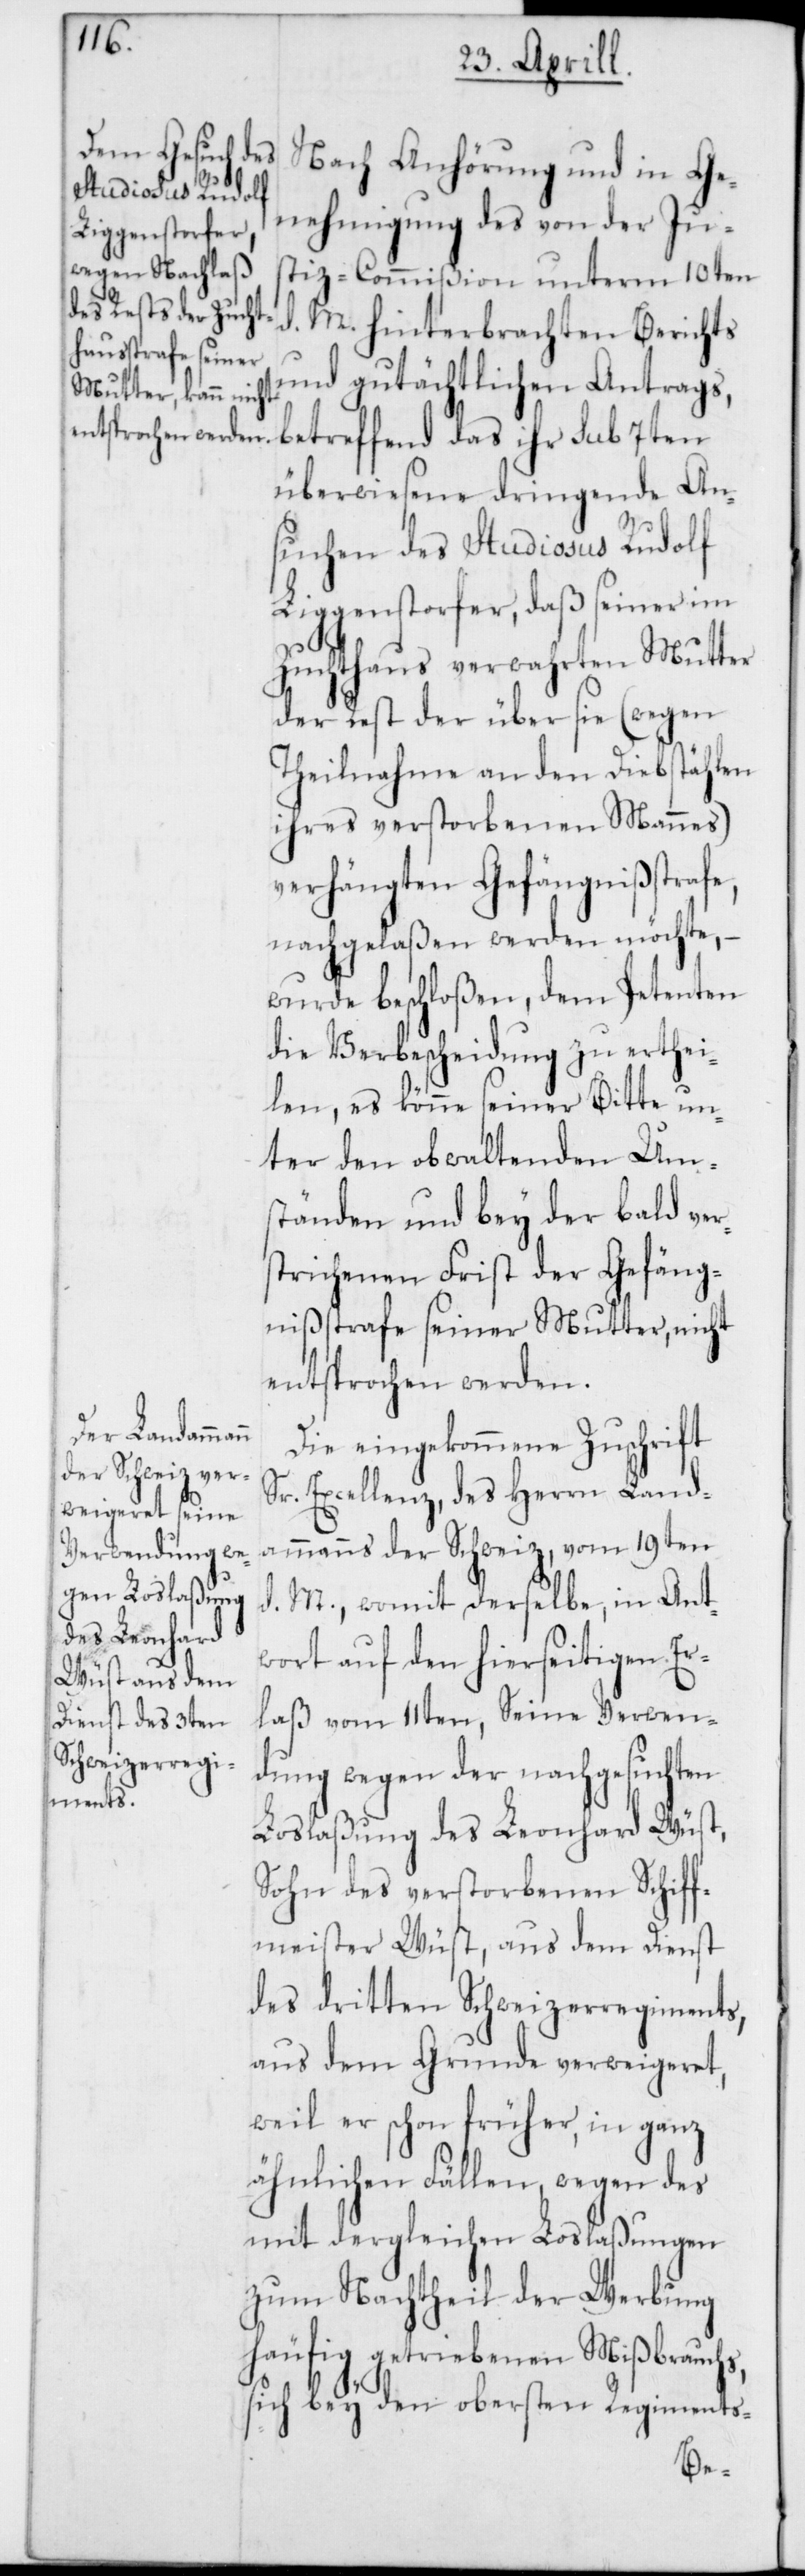
Nach Anhörung und in Ge¬
nehmigung des von der Jus¬
tiz-Commißion unterm 10ten
M. hinterbrachten Berichts
und gutächtlichen Antrags,
betreffend das ihr sub 7ten
überwiesene dringende An¬
suchen des Studiosus Rudolf
Liggenstorfer, daß seiner im
Zuchthaus verwahrten Mutter
der Rest der über sie (wegen
Theilnahme an den Diebstählen
ihres verstorbenen Mannes)
verhängten Gefängnißstrafe,
nachgelaßen werden möchte,
wurde beschloßen, dem Petenten
die Verbescheidung zu erthei¬
len, es könne seiner Bitte un¬
ter den obwaltenden Um¬
ständen und bey der bald ver¬
strichenen Frist der Gefäng¬
nißstrafe seiner Mutter, nicht
entsprochen werden.
Die eingekommene Zuschrift
Sr. Excellenz, des Herrn Land¬
ammanns der Schweiz, vom 19ten
d. M., womit derselbe, in Ant¬
wort auf den hierseitigen Er¬
laß vom 11ten, Seine Verwen¬
dung wegen der nachgesuchten
Loslaßung des Leonhard Wüst,
Sohn des verstorbenen Schiff¬
meister Wüst, aus dem Dienst
des dritten Schweizerregiments,
aus dem Grunde verweigeret,
weil er schon früher, in ganz
ähnlichen Fällen, wegen des
mit dergleichen Loslaßungen
zum Nachtheil der Werbung
häufig getriebenen Mißbrauchs,
sich bey den obersten Regiments-